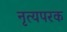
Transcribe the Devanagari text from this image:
नृत्यपरक